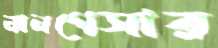
নানগেসার